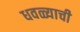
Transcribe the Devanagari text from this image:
धवळ्याची